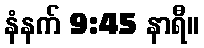
နံနက် 9:45 နာရီ။